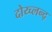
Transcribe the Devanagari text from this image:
दोय्च्लन्द्